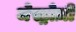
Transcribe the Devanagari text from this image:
जेस्ट्रोज़ी